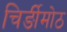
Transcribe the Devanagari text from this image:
चिर्ङीमोठ